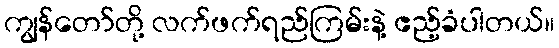
ကျွန်တော်တို့ လက်ဖက်ရည်ကြမ်းနဲ့ ဧည့်ခံပါတယ်။